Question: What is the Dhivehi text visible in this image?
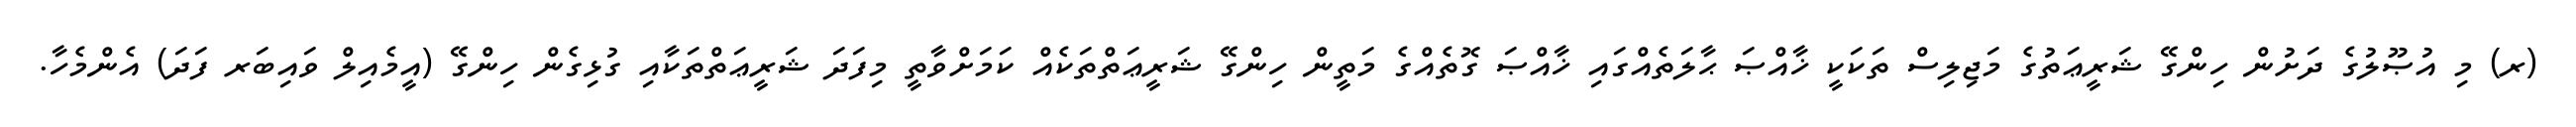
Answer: (ރ) މި އުޞޫލުގެ ދަށުން ހިންގޭ ޝަރީޢަތުގެ މަޖިލިސް ތަކަކީ ޚާއްޞަ ޙާލަތެއްގައި ޚާއްޞަ ގޮތެއްގެ މަތީން ހިންގޭ ޝަރީޢަތްތަކެއް ކަމަށްވާތީ މިފަދަ ޝަރީޢަތްތަކާއި ގުޅިގެން ހިންގޭ (އީމެއިލް ވައިބަރ ފަދަ) އެންމެހާ.